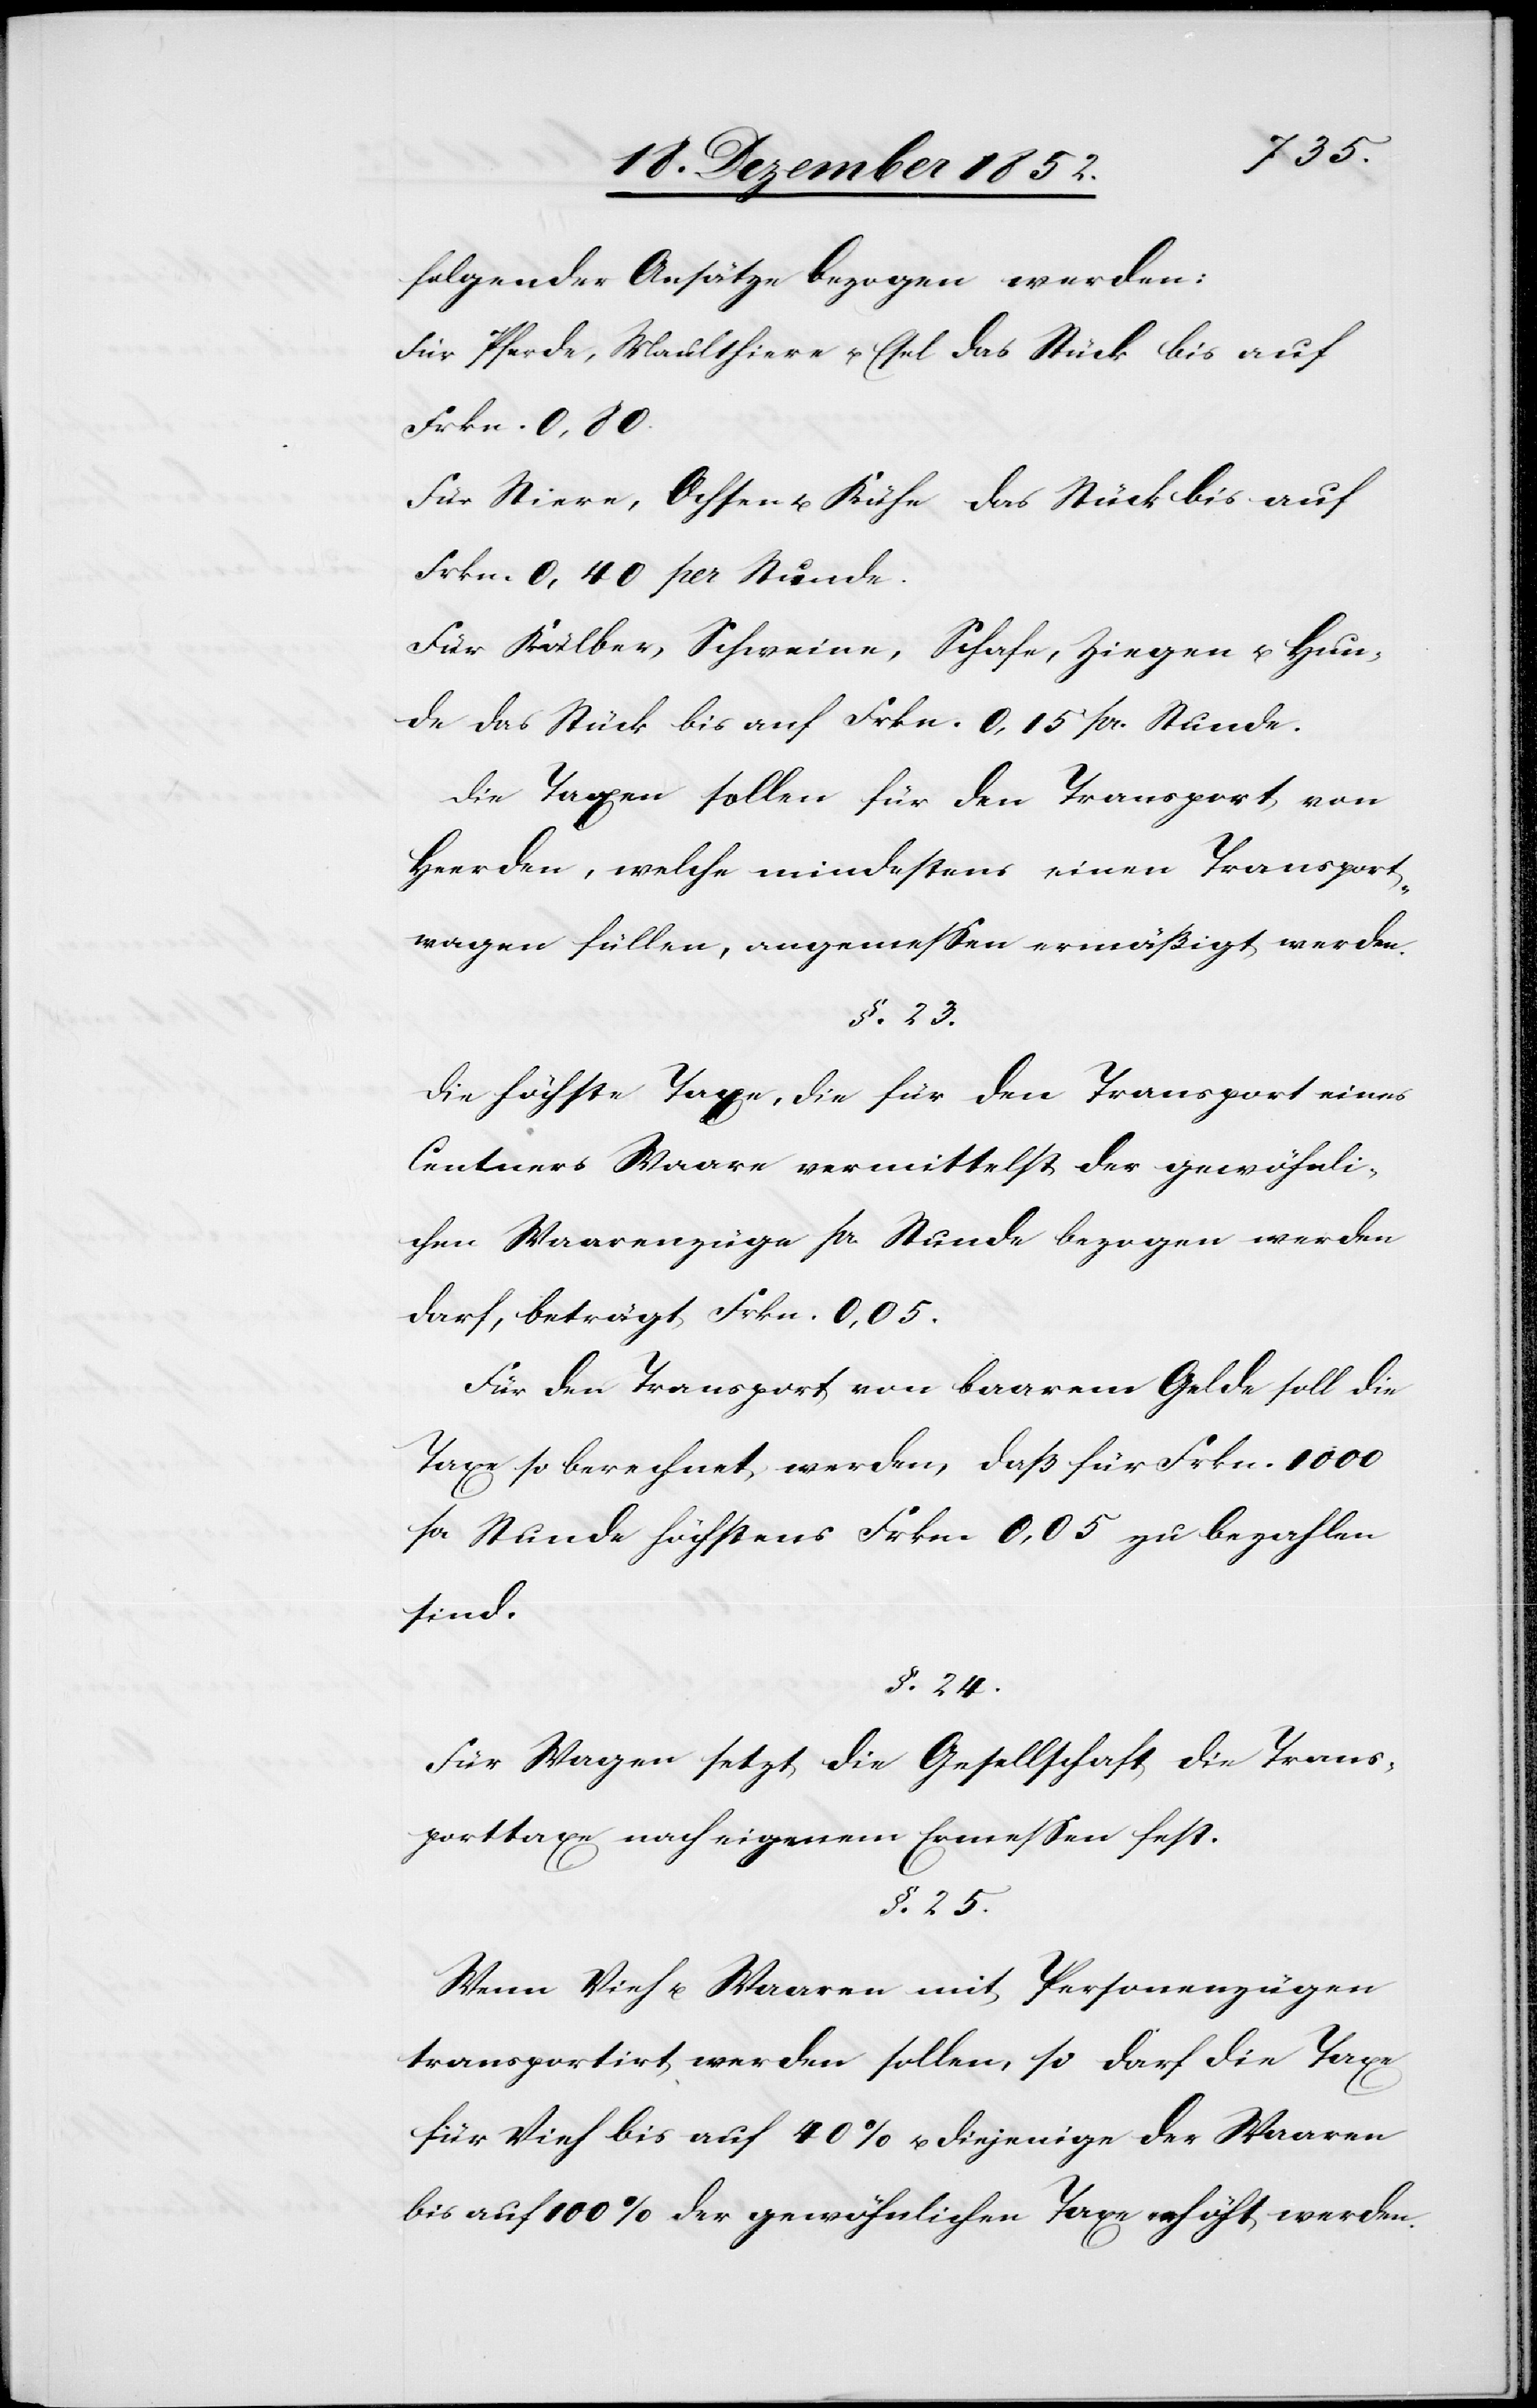
folgender Ansätze bezogen werden:
Für Pferde, Maulthiere u. Esel das Stück bis auf
Frkn. 0,80.
Für Stiere, Ochsen u. Kühe das Stück bis auf
Frkn. 0,40 per Stunde.
Für Kälber, Schweine, Schafe, Ziegen u. Hun¬
de das Stück bis auf Frkn. 0,15 pr. Stunde.
Die Taxen sollen für den Transport von
Herden, welche mindestens einen Transport¬
wagen füllen, angemessen ermäßigt werden.
§. 23.
Die höchste Taxe, die für den Transport eines
Centners Waare vermittelst der gewöhnli¬
chen Waarenzüge pr. Stunde bezogen werden
darf, beträgt Frkn. 0,05.
Für den Transport von baarem Gelde soll die
Taxe so berechnet werden, daß für Frkn. 1000
pr Stunde höchstens Frkn 0,05 zu bezahlen
sind.
§. 24.
Für Wagen setzt die Gesellschaft die Trans¬
porttaxe nach eigenem Ermessen fest.
§. 25.
Wenn Vieh u. Waaren mit Personenzügen
transportirt werden sollen, so darf die Taxe
für Vieh bis auf 40% u. diejenige der Waaren
bis auf 100% der gewöhnlichen Taxe erhöht werden.